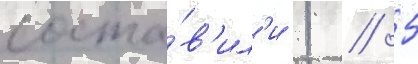
соста́в'ил'и 1 / 5